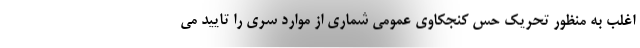
اغلب به منظور تحریک حس کنجکاوی عمومی شماری از موارد سری را تایید می